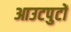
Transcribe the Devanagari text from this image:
आउटपुटों